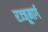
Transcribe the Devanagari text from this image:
रज्जूमार्ग